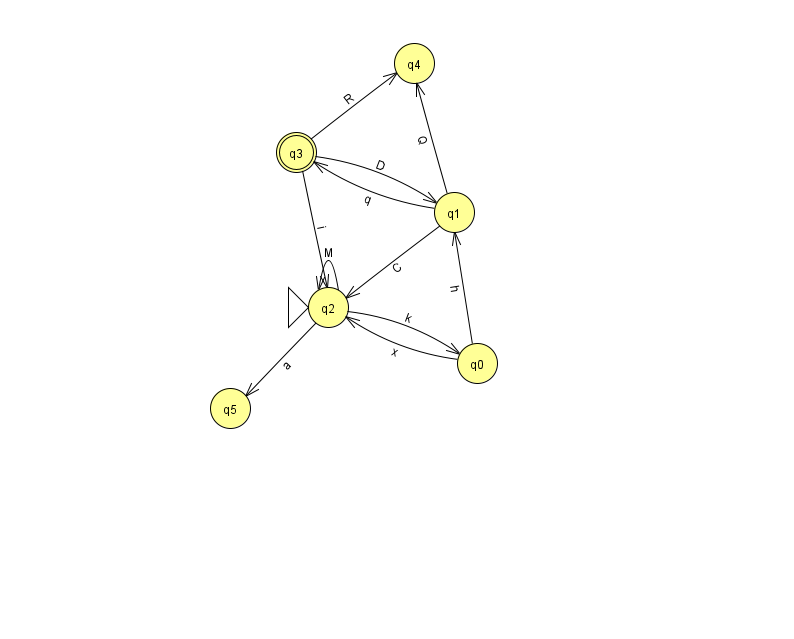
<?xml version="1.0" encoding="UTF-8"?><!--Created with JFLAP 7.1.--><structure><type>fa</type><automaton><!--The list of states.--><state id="0" name="q0"><x>477.0</x><y>350.0</y></state><state id="1" name="q1"><x>454.0</x><y>199.0</y></state><state id="2" name="q2"><x>328.0</x><y>294.0</y><initial/></state><state id="3" name="q3"><x>296.0</x><y>139.0</y><final/></state><state id="4" name="q4"><x>414.0</x><y>50.0</y></state><state id="5" name="q5"><x>230.0</x><y>395.0</y></state><!--The list of transitions.--><transition><from>2</from><to>5</to><read>a</read></transition><transition><from>0</from><to>1</to><read>h</read></transition><transition><from>3</from><to>4</to><read>R</read></transition><transition><from>2</from><to>0</to><read>k</read></transition><transition><from>1</from><to>3</to><read>q</read></transition><transition><from>3</from><to>2</to><read>i</read></transition><transition><from>0</from><to>2</to><read>x</read></transition><transition><from>1</from><to>2</to><read>C</read></transition><transition><from>3</from><to>1</to><read>D</read></transition><transition><from>2</from><to>2</to><read>M</read></transition><transition><from>1</from><to>4</to><read>Q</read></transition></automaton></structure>